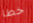
خطا